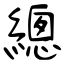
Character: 總